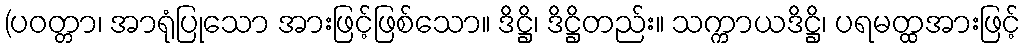
(ပဝတ္တာ၊ အာရုံပြုသော အားဖြင့်ဖြစ်သော။ ဒိဋ္ဌိ၊ ဒိဋ္ဌိတည်း။ သက္ကာယဒိဋ္ဌိ၊ ပရမတ္ထအားဖြင့်